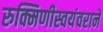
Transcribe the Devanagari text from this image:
रुक्मिणीस्वयंवराने